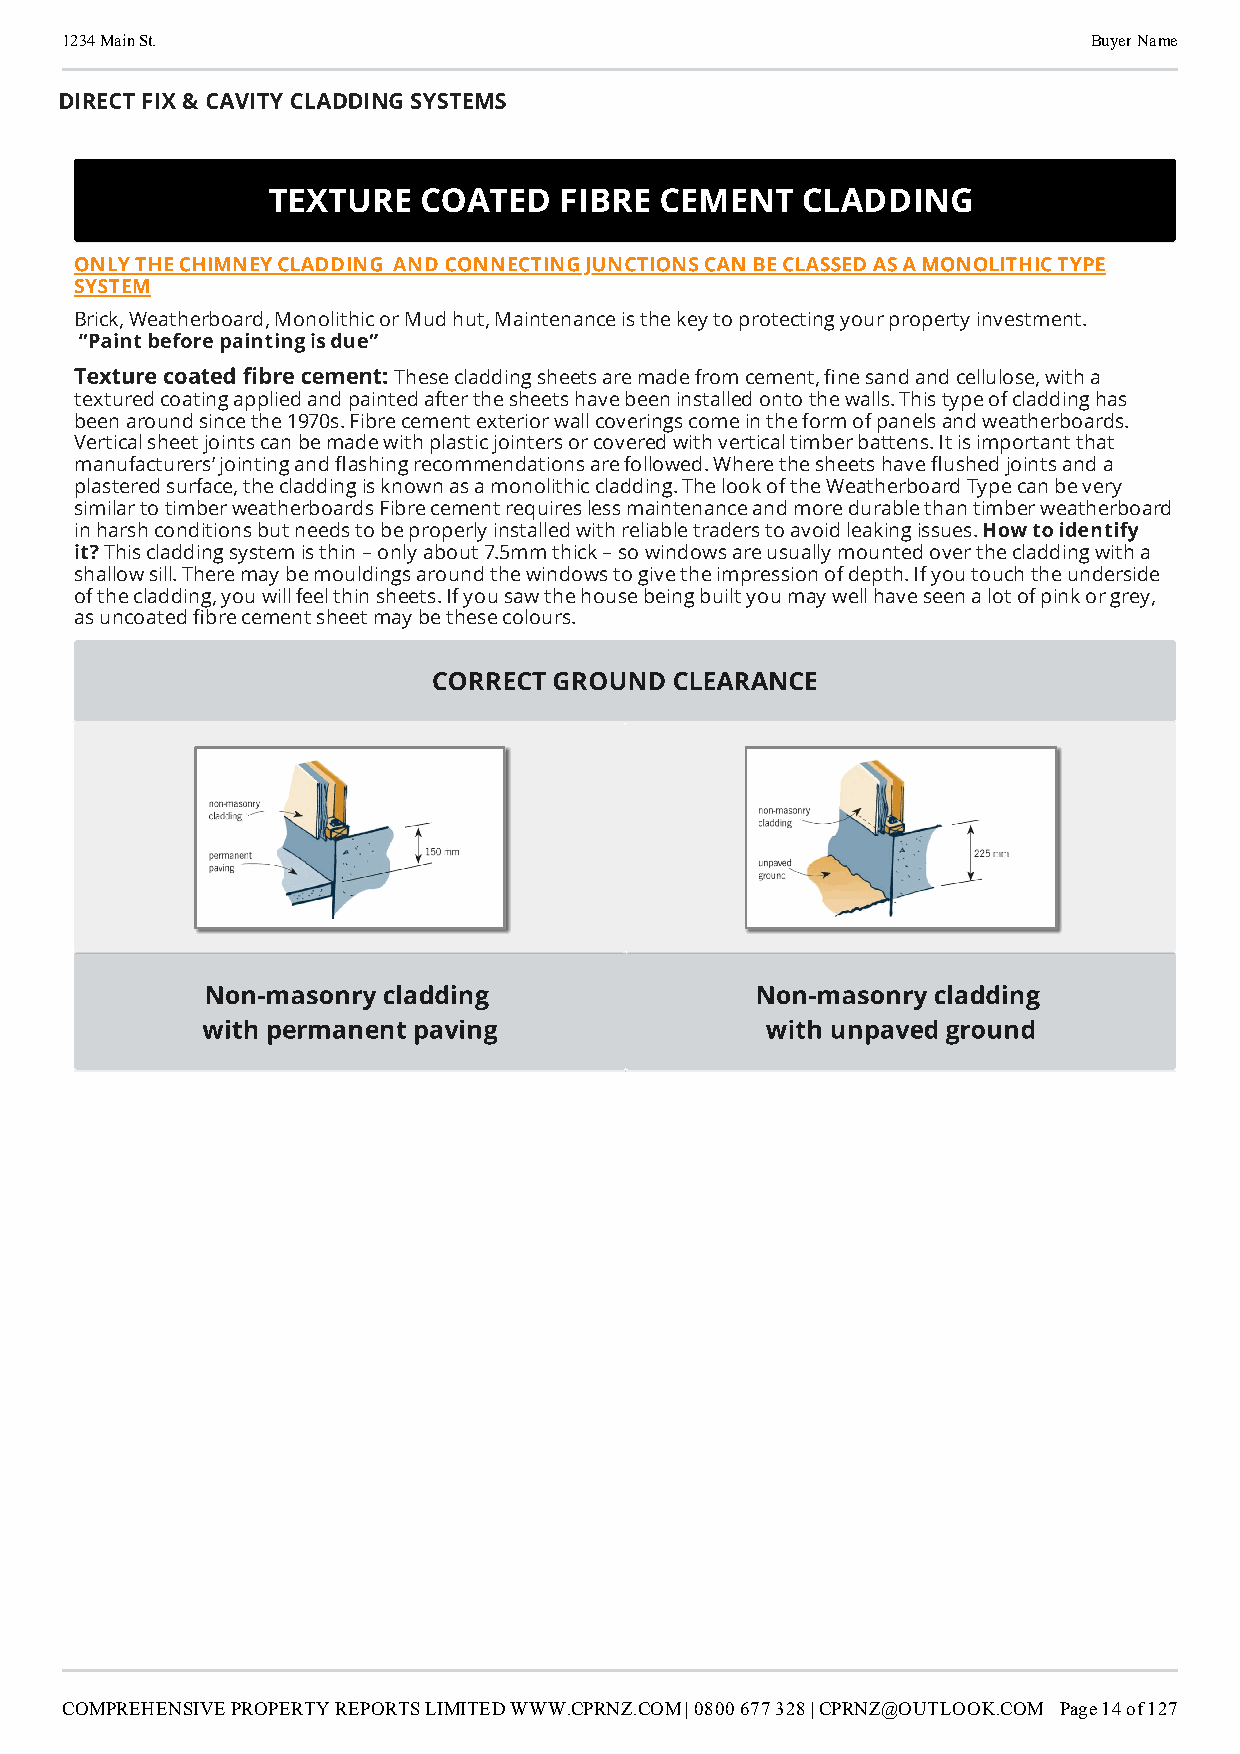
1234 Main St.                                                       Buyer Name
 DIRECT FIX & CAVITY CLADDING SYSTEMS
 TEXTURE   COATED   FIBRE  CEMENT   CLADDING
 ONLY THE CHIMNEY CLADDING AND CONNECTING JUNCTIONS CAN BE CLASSED AS A MONOLITHIC TYPE
 SYSTEM
 Brick, Weatherboard, Monolithic or Mud hut, Maintenance is the key to protecting your property investment.
 “Paint before painting is due”
 Texture coated bre cement:
 These cladding sheets are made from cement, ne sand and cellulose, with a
 textured coating applied and painted after the sheets have been installed onto the walls. This type of cladding has
 been around since the 1970s. Fibre cement exterior wall coverings come in the form of panels and weatherboards.
 Vertical sheet joints can be made with plastic jointers or covered with vertical timber battens. It is important that
 manufacturers’ jointing and ashing recommendations are followed. Where the sheets have ushed joints and a
 plastered surface, the cladding is known as a monolithic cladding. The look of the Weatherboard Type can be very
 similar to timber weatherboards Fibre cement requires less maintenance and more durable than timber weatherboard
 in harsh conditions but needs to be properly installed with reliable traders to avoid leaking issues. How to identify
 it? This cladding system is thin – only about 7.5mm thick – so windows are usually mounted over the cladding with a
 shallow sill. There may be mouldings around the windows to give the impression of depth. If you touch the underside
 of the cladding, you will feel thin sheets. If you saw the house being built you may well have seen a lot of pink or grey,
 as uncoated bre cement sheet may be these colours.
 CORRECT GROUND  CLEARANCE
 Non-masonry cladding                Non-masonry cladding
 with permanent paving                 with unpaved ground
 COMPREHENSIVE PROPERTY REPORTS LIMITED WWW.CPRNZ.COM | 0800 677 328 | CPRNZ@OUTLOOK.COM Page 14 of 127